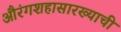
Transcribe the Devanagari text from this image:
औरंगशहासारख्याची